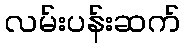
လမ်းပန်းဆက်